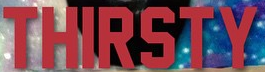
THIRSTY